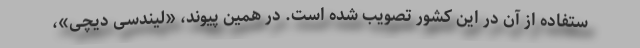
ستفاده از آن در این کشور تصویب شده است. در همین پیوند، «لیندسی دیچی»،